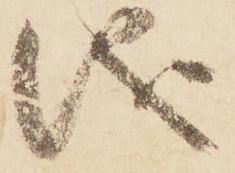
儀